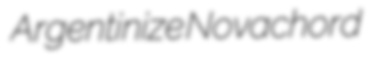
Argentinize Novachord